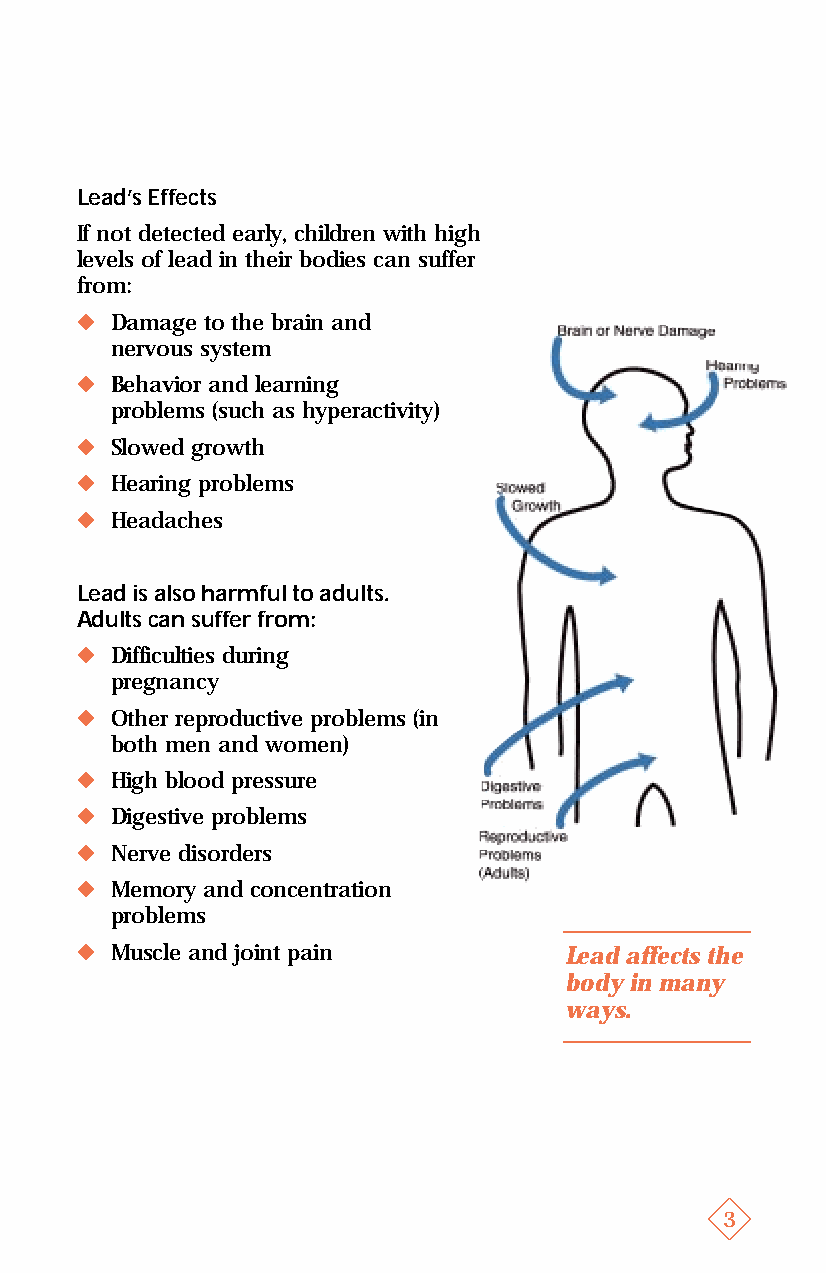
rfinal.qxd 8/8/95 3:19 PM Page 7
 Lead’s Effects
 If not detected early, children with high
 levels of lead in their bodies can suffer
 from:
 u  Damage to the brain and
 nervous system
 u  Behavior and learning
 problems (such as hyperactivity)
 u  Slowed growth
 u  Hearing problems
 u  Headaches
 Lead is also harmful to adults.
 Adults can suffer from:
 u  Difficulties during
 pregnancy
 u  Other reproductive problems (in
 both men and women)
 u  High blood pressure
 u  Digestive problems
 u  Nerve disorders
 u  Memory and concentration
 problems
 u  Muscle and joint pain         Lead affects the
 body in many
 ways.
 u
 3